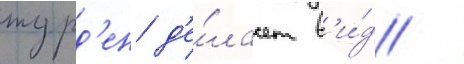
журд'ен д'е́лает в'и́д /